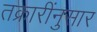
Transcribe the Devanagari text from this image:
तक्रारींनुसार